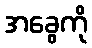
အခွေကို